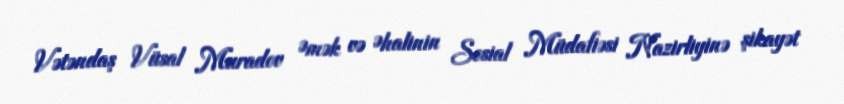
Vətəndaş Vüsal Muradov Əmək və Əhalinin Sosial Müdafiəsi Nazirliyinə şikayət